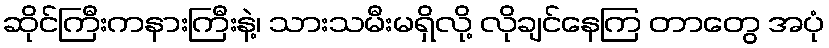
ဆိုင်ကြီးကနားကြီးနဲ့၊ သားသမီးမရှိလို့ လိုချင်နေကြ တာတွေ အပုံ